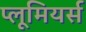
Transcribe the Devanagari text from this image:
प्लूमियर्स